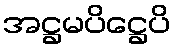
အဋ္ဌမပိဋ္ဌေပိ